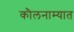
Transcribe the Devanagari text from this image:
कौलनाम्यात